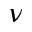
\nu